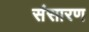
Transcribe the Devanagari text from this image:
संसारण